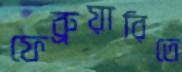
ফেব্রুয়ারিতে